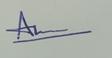
Signature authenticity: genuine